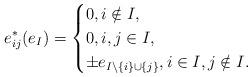
LaTeX: \begin{align*}e_{ij}^{*}(e_I) =\begin{cases}0, i \notin I,\\0, i, j \in I,\\\pm e_{I\setminus \{i\} \cup \{j\}}, i \in I, j \notin I.\end{cases}\end{align*}